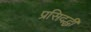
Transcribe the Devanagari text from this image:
प्रसिदद्धी